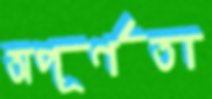
অপূর্ণতা